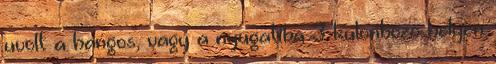
uvolt a hangos, vagy a nyugatiba 3 kulonbozo helyen